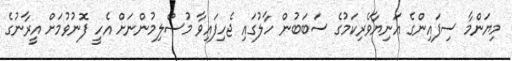
މިޔަންމާ ސިފައިންގެ އަނިޔާވެރިކަމުގެ ސަބަބުން ހާލުގައި ޖެހިފައިވާ މުސްލިމުންނަށް އެހީ ފޮނުވުމަށް އީރާނުގެ